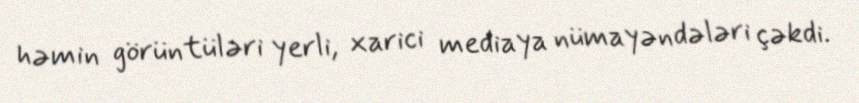
həmin görüntüləri yerli, xarici mediaya nümayəndələri çəkdi.